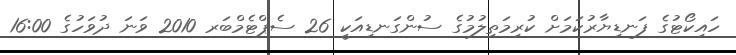
ހައިކޯޓުގެ ފަނޑިޔާރުކަމަށް ކުރިމަތިލުމުގެ ސުންގަނޑިއަކީ 26 ސެޕްޓެމްބަރ 2010 ވަނަ ދުވަހުގެ 16:00